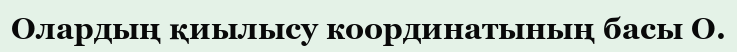
Олардың қиылысу координатының басы О.